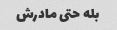
بله حتی مادرش